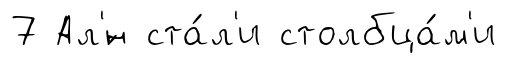
7 Ал'́н ста́л'и столбца́м'и